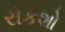
રોકશો